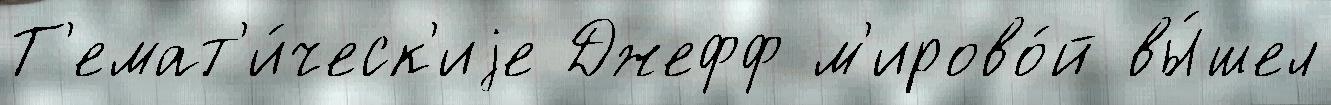
Т'емат'и́ческ'иjе Джефф м'ирово́й вы́шел